Annual report on the health of the army in India
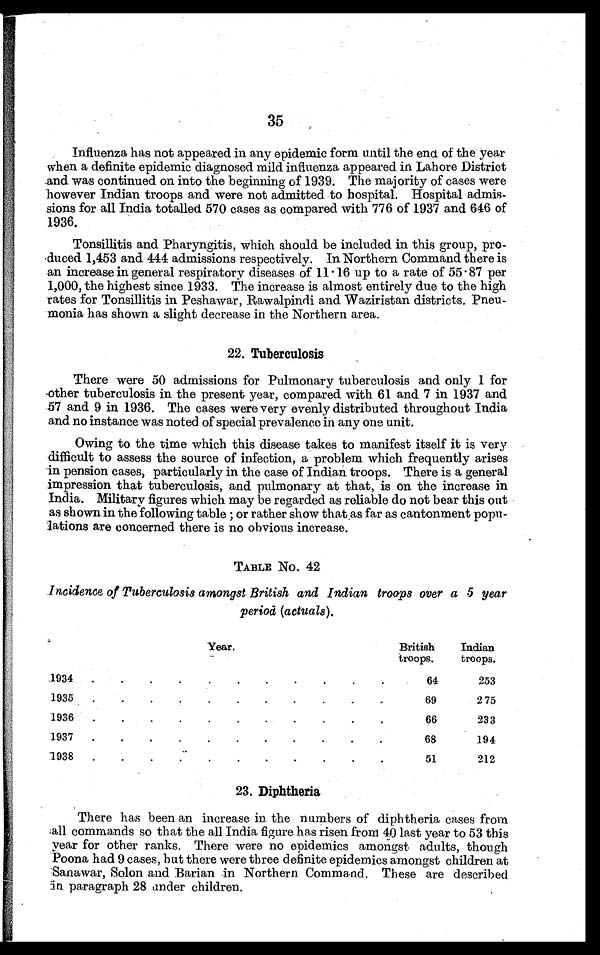
35
Influenza has not appeared in any epidemic form until the end of the year
when a definite epidemic diagnosed mild influenza appeared in Lahore District
and was continued on into the beginning of 1939. The majority of cases were
however Indian troops and were not admitted to hospital. Hospital admis
sions for all India totalled 570 cases as compared with 776 of 1937 and 646 of
1936.
Tonsillitis and Pharyngitis, which should be included in this group, pro
duced 1,453 and 444 admissions respectively. In Northern Command there is
an increase in general respiratory diseases of 11.16 up to a rate of 55 . 87 per
1,000, the highest since 1933. The increase is almost entirely due to the high
rates for Tonsillitis in Peshawar, Rawalpindi and Waziristan districts. Pneu--
monia has shown a slight decrease in the Northern area.
22. Tuberculosis
There were 50 admissions for Pulmonary tuberculosis and only 1 for
other tuberculosis in the present year, compared with 61 and 7 in 1937 and
57 and 9 in 1936. The cases were very evenly distributed throughout India
and no instance was noted of special prevalence in any one unit.
Owing to the time which this disease takes to manifest itself it is very
difficult to assess the source of infection, a problem which frequently arises
in pension cases, particularly in the case of Indian troops. There is a general
impression that tuberculosis, and pulmonary at that, is on the increase in
India. Military figures which may be regarded as reliable do not bear this out
as shown in the following table ; or rather show that as far as cantonment popu-
lations are concerned there is no obvious increase.
TABLE No. 42
Incidence of Tuberculosis amongst British and Indian troops over a 5 year
period (actuals).
Year.
British
troops.
Indian
troops.
1934
.
.
.
.
.
.
.
. . .
.
64
253
1935
.
.
.
.
.
.
.
.
69
2 75
1936
.
.
.
.
.
.
.
.
.
.
•
66
233
1937
.
.
.
.
.
.
.
.
.
.
.
68
194
1938
.
.
.
.
.
.
.
.
.
.
.
51
212
23. Diphtheria
There has been an increase in the numbers of diphtheria cases from
all commands so that the all India figure has risen from 40 last year to 53 this
year for other ranks. There were no epidemics amongst adults, though
Poona had 9 cases, but there were three definite epidemics amongst children at
Sanawar, Solon and Barian in Northern Command. These are described
in paragraph 28 under children.